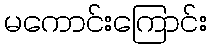
မကောင်းကြောင်း